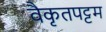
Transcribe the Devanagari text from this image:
वैकृतपट्टम